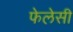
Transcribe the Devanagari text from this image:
फेलेसी